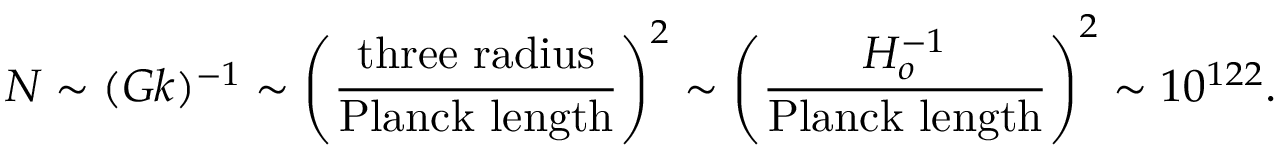
N \sim ( G k ) ^ { - 1 } \sim \left( { \frac { \mathrm { t h r e e \ r a d i u s } } { \mathrm { P l a n c k \ l e n g t h } } } \right) ^ { 2 } \sim \left( { \frac { H _ { o } ^ { - 1 } } { \mathrm { P l a n c k \ l e n g t h } } } \right) ^ { 2 } \sim 1 0 ^ { 1 2 2 } .